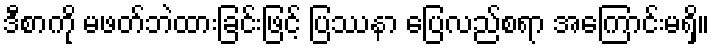
ဒီစာကို မဖတ်ဘဲထားခြင်းဖြင့် ပြဿနာ ပြေလည်စရာ အကြောင်းမရှိ။